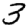
Digit: 3